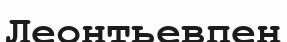
Леонтьевпен